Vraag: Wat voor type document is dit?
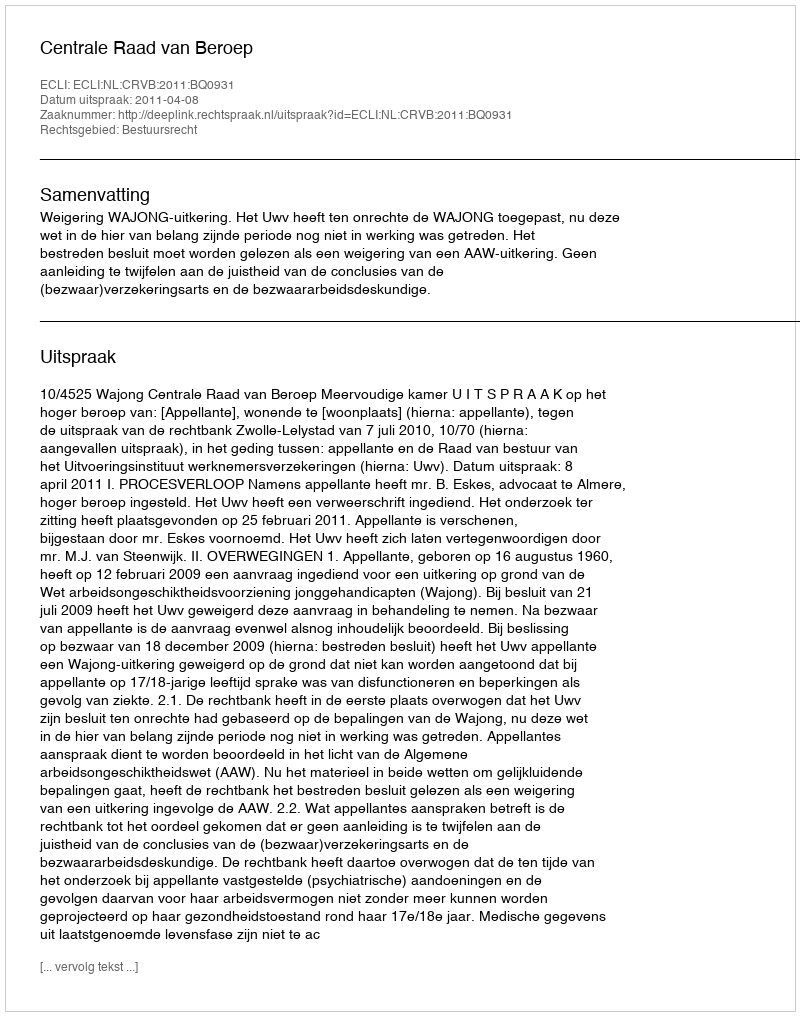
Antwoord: Uitspraak